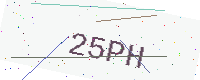
Text: 25PH